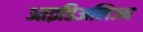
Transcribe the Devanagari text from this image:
आइडिअलिज्म